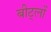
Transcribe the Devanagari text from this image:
बीट्लों